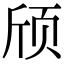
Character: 颀